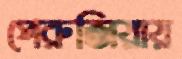
পেরুজিয়ায়